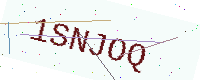
Text: 1SNJOQ